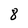
Character: 8